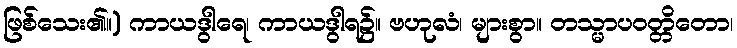
ဖြစ်သေး၏။) ကာယဒွါရေ၊ ကာယဒွါရ၌။ ဗဟုလံ၊ များစွာ။ တသ္မာပဝတ္တိတော၊